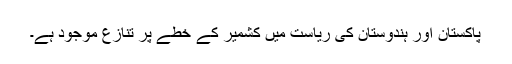
پاکستان اور ہندوستان کی ریاست میں کشمیر کے خطے پر تنازع موجود ہے۔